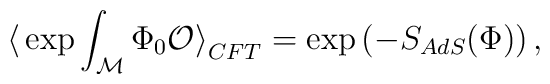
\big <\exp\int_{\cal M}\Phi_0{\cal O}\big>_{CFT}=\exp\left(-S_{AdS}(\Phi)\right),